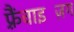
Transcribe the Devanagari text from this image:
फ़्रैंचाइज़िंग